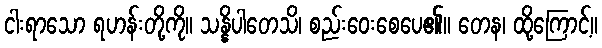
ငါးရာသော ရဟန်းတို့ကို။ သန္နိပါတေသိ၊ စည်းဝေးစေပေ၏။ တေန၊ ထို့ကြောင့်။